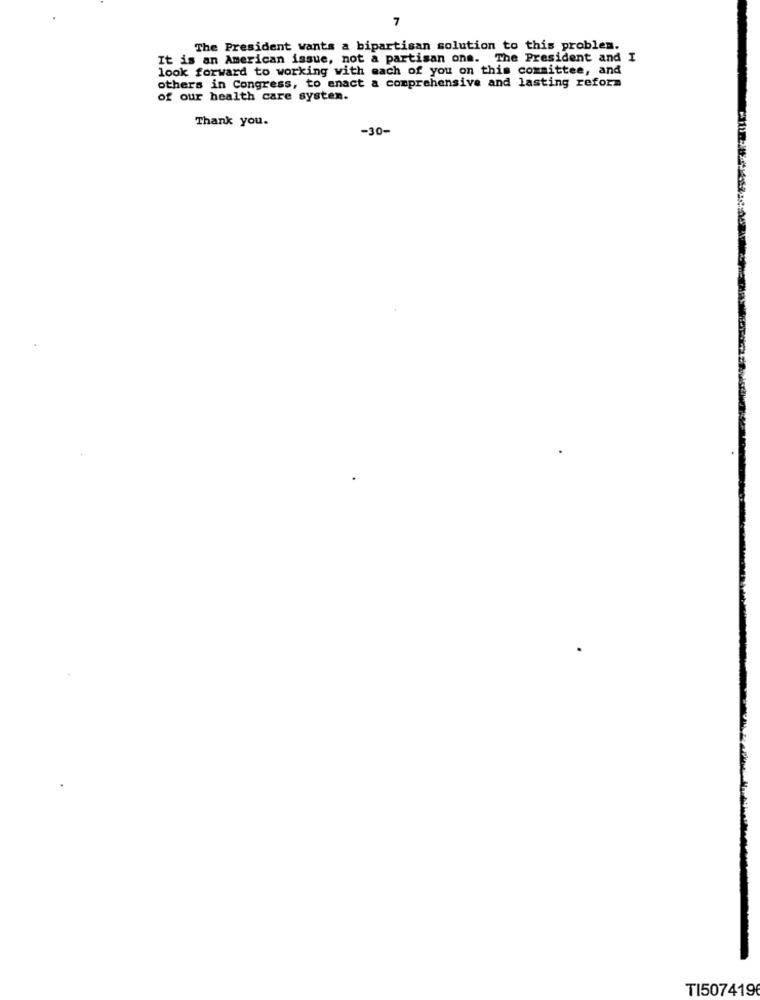
7
The President wants a bipartisan solution to this problem.
It is an American issue, not a partisan one. The President and I
look forward to working with each of you on this committee, and
others in Congress, to enact a comprehensive and lasting reform
of our health care system.
Thank you.
-30-
TI507419